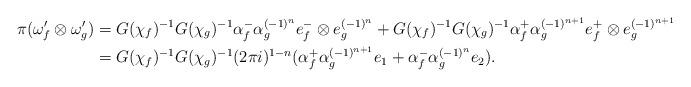
LaTeX: \begin{align*}\pi(\omega'_f \otimes \omega'_g) & = G(\chi_f)^{-1}G(\chi_g)^{-1}\alpha_f^- \alpha_g^{(-1)^n} e_f^- \otimes e_g^{(-1)^n} + G(\chi_f)^{-1}G(\chi_g)^{-1}\alpha_f^+ \alpha_g^{(-1)^{n+1}} e_f^+ \otimes e_g^{(-1)^{n+1}}\\& = G(\chi_f)^{-1}G(\chi_g)^{-1}(2\pi i)^{1-n} (\alpha_f^+ \alpha_g^{(-1)^{n+1}} e_1 + \alpha_f^- \alpha_g^{(-1)^n} e_2).\end{align*}